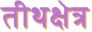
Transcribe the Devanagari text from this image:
तीथक्षेत्र